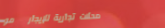
محلات تجارية للإيجار   مو